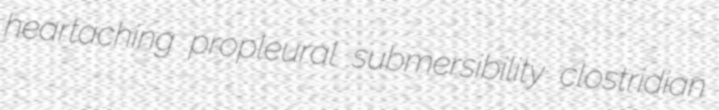
heartaching propleural submersibility clostridian